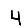
Digit: 4